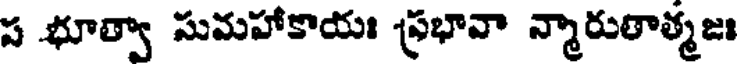
స భూత్వా సుమహాకాయః -ప్రభావా న్మారుతాత్మజః